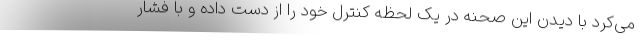
می‌کرد با دیدن این صحنه در یک لحظه کنترل خود را از دست داده و با فشار